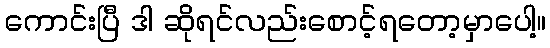
ကောင်းပြီ ဒါ ဆိုရင်လည်းစောင့်ရတော့မှာပေါ့။